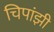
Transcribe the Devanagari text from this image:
चिपांझी